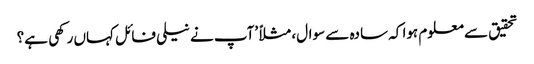
تحقیق سے معلوم ہوا کہ سادہ سے سوال، مثلاً ’آپ نے نیلی فائل کہاں رکھی ہے؟